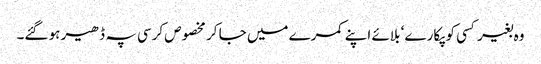
وہ بغیر کسی کو پکارے ‘ بلائے اپنے کمرے میں جا کر مخصوص کرسی پہ ڈھیر ہو گئے۔